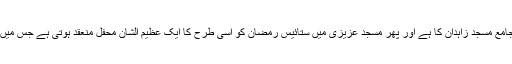
اہل سنت ایران کا سب سے بڑا اجتماع تراویح میں ختم قرآن کے سلسلے میں جامع مسجد زاہدان کا ہے اور پھر مسجد عزیزی میں ستائیس رمضان کو اسی طرح کا ایک عظیم الشان محفل منعقد ہوتی ہے جس میں ہزاروں افراد شرکت کرکے علمائے کرام کے بیانات سے استفادہ کرتے ہیں۔